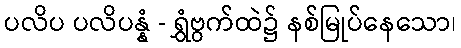
ပလိပ ပလိပန္နံ - ရွှံဗွက်ထဲ၌ နစ်မြုပ်နေသော၊